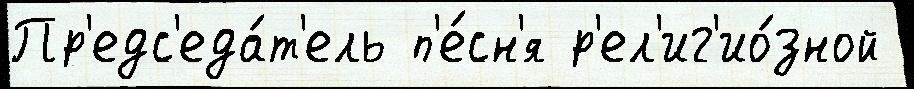
Пр'едс'еда́т'ель п'е́сн'я р'ел'иг'ио́зной